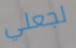
لجعلي